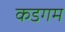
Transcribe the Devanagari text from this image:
कडगम